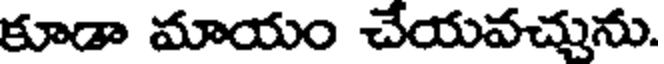
కూడా మాయం చేయవచ్చును.